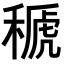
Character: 𥠱